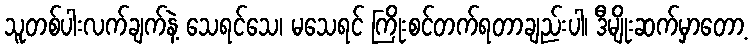
သူတစ်ပါးလက်ချက်နဲ့ သေရင်သေ၊ မသေရင် ကြိုးစင်တက်ရတာချည်းပါ၊ ဒီမျိုးဆက်မှာတော့